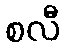
စလီ